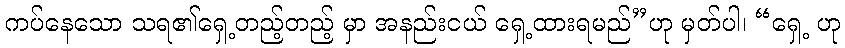
ကပ်နေသော သရ၏ရှေ့တည့်တည့် မှာ အနည်းငယ် ရှေ့ထားရမည်”ဟု မှတ်ပါ၊ “ရှေ့ ဟု